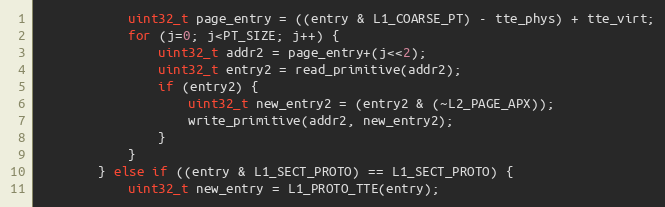
Language: C
            uint32_t page_entry = ((entry & L1_COARSE_PT) - tte_phys) + tte_virt;
            for (j=0; j<PT_SIZE; j++) {
                uint32_t addr2 = page_entry+(j<<2);
                uint32_t entry2 = read_primitive(addr2);
                if (entry2) {
                    uint32_t new_entry2 = (entry2 & (~L2_PAGE_APX));
                    write_primitive(addr2, new_entry2);
                }
            }
        } else if ((entry & L1_SECT_PROTO) == L1_SECT_PROTO) {
            uint32_t new_entry = L1_PROTO_TTE(entry);